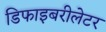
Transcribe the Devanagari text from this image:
डिफाइबरीलेटर